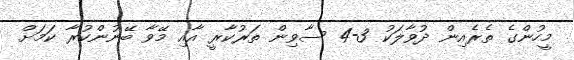
މީހުންގެ ތެރެއިން ދުވާލަކު 3-4 ސާވިން ތަރުކާރީ އާއި މޭވާ ބޭނުންކުރާ ކަމަށް